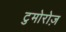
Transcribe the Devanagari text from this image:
टुमोरोज़